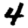
Digit: 4